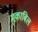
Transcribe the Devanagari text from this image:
मुक़ाबिल